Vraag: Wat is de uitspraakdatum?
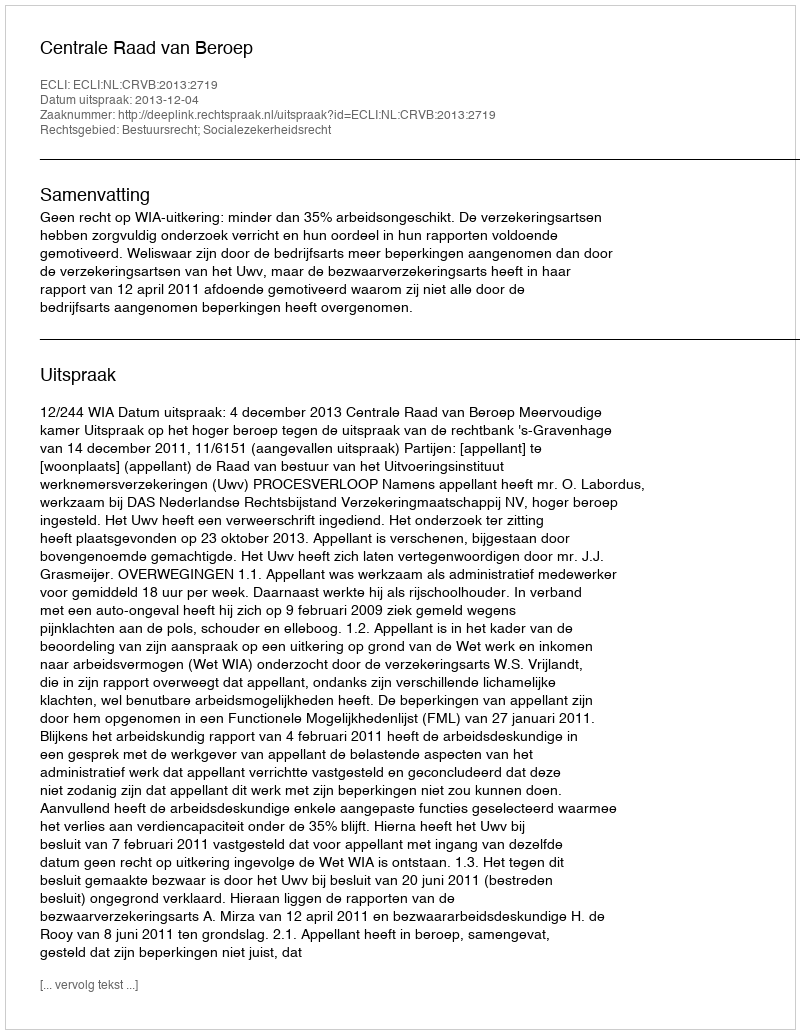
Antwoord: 2013-12-04